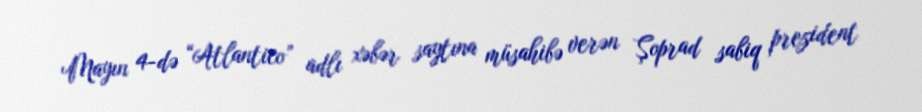
Mayın 4-də “Atlantico” adlı xəbər saytına müsahibə verən Şoprad sabiq prezident